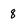
Character: 8